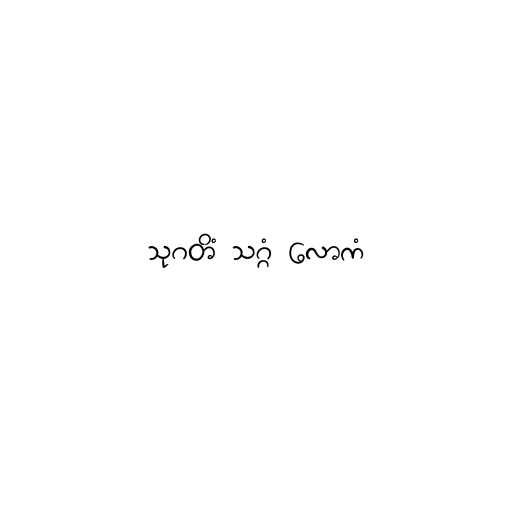
သုဂတိံ သဂ္ဂံ လောကံ